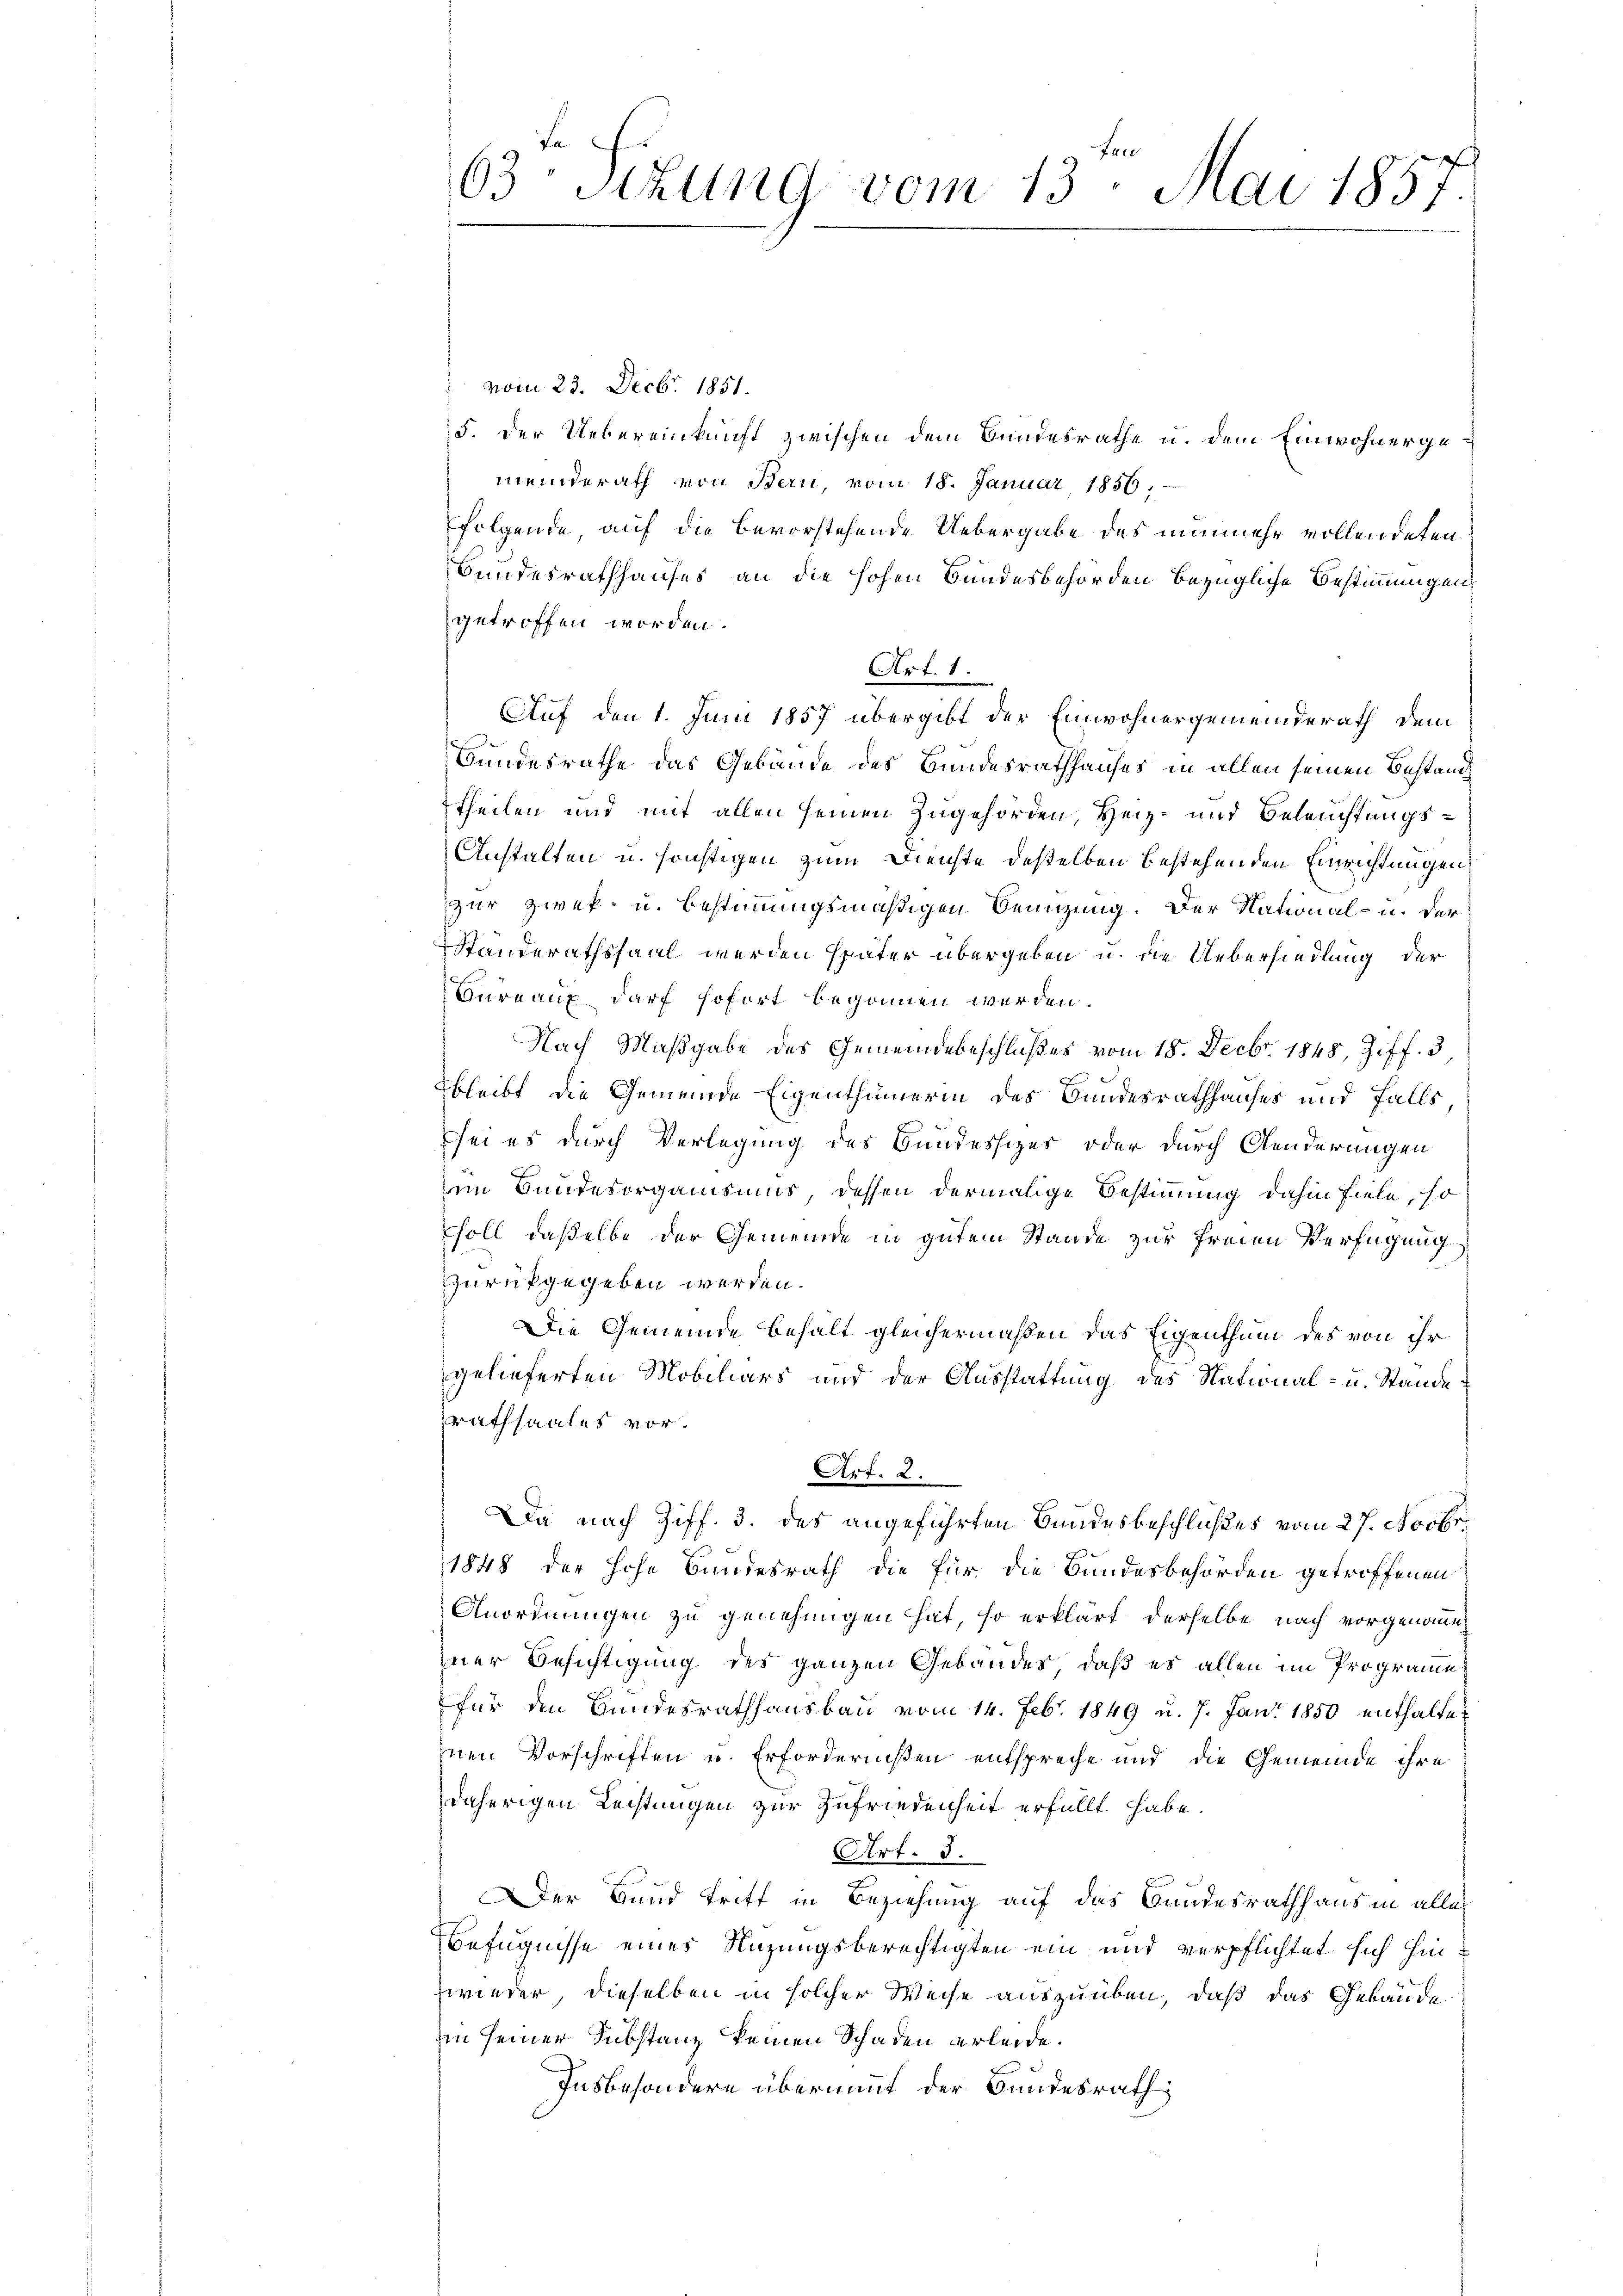
63 Sizung vom 13. Mai 1857.

vom 23. Decbr. 1851.
5. Der Uebereinkunft zwischen dem Bundesrathe u. dem Einwohnergemeinderath von Bern, vom 18. Januar 1856,
folgende, auf die bevorstehende Uebergabe des nunmehr vollendeten
Bundesrathhauses an die hohen Bundesbehörden bezügliche Bestimmungen,
getroffen worden.
Art. 1.
Auf den 1. Juni 1857 übergibt der Einwohnergemeinderath dem
Bundesrathe das Gebäude des Bundesrathhauses in allen seinen Bestand
theilen und mit allen seinen Zugehörden, Herz- und Beleuchtungs¬
Anstalten u. sonstigen zum Dienste deßelben bestehenden Einrichtungen
zur Zwek- u. Bestimmungsmäßigen Benutzung. Der National- u. der
Ständerathssaal werden später übergeben u. die Uebersiedlung der
Bureaux darf sofort begonnen werden.
Nach Maßgabe des Gemeindebeschlußes vom 18. Decbr. 1848, Ziff. 3
F
bleibt die Gemeinde Eigenthümerin des Bundesrathhauses und falls,
sei es durch Verlegung des Bundessizer oder durch Aenderungen
im Bundesorganismus, dessen dermalige Bestimmung dahin fiele, so
soll daßelbe der Gemeinde in gutem Stande zur Freien Verfügung
zurückgegeben werden.
Die Gemeinde behalt gleichermaßen das Eigenthum des von ihr
gelieferten Mobiliars und der Ausstattung des National- u. Stande
rathsaales vor.
Art. 2.
Da nach Ziff. 3. des angeführten Bundesbeschlußes vom 27. Novbr.
1848 der hohe Bundesrath die für die Bundesbehörden getroffenen
Anordnungen zu genehmigen hat, so erklärt derselbe nach vorgenommen
iner Besichtigung des ganzen Gebäudes, daß es allen im Programe
für den Bundesrathhausbau vom 14. Febr. 1849 u. 7. Jan. 1850 enthalteinen Vorschriften u. Erfordernißen entspreche und die Gemeinde ihre
daherigen Lechtungen zur Zufriedenheit erfüllt habe.
Art. 3.
Der Bund tritt in Beziehung auf das Bandesrathhaus in alle
Befugnisse eines Nuzungsberechtigten ein und verpflichtet sich hinwieder, dieselben in solcher Weise auszuüben, daß das Gebäude
in seiner Substanz keinen Schaden erleide.
Insbesondere übernimmt der Bundesrath